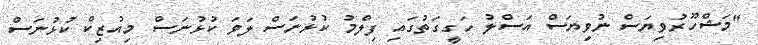
"މަޝްހޫރުވިޔަސް ނުވިޔަސް އަސްލު ހަގީގަތުގައި ފިލްމު ކުޅުނަސް ލަވަ ކުޅުނަސް މިއުޒިކް ކުޅުނަސް